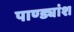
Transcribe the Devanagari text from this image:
पाण्ड्यांश